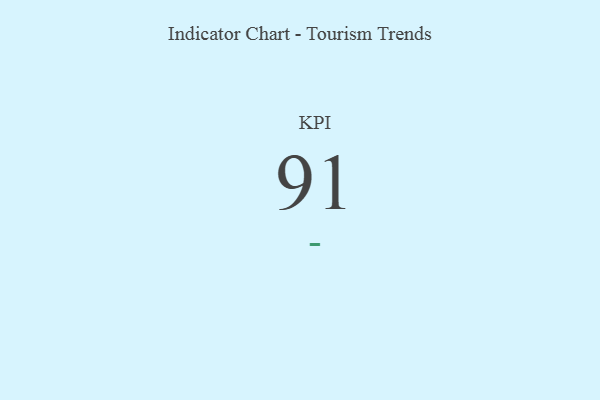
{"axis": {"x": "KPI", "y": "Value"}, "legend": [""], "data": [{"x": "KPI", "y": 91, "type": ""}]}